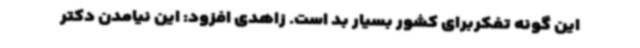
این گونه تفکربرای کشور بسیار بد است. زاهدی افزود: این نیامدن دکتر